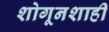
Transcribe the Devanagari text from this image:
शोगूनशाही